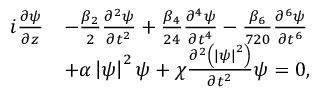
\begin{array} { r l } { i \frac { \partial \psi } { \partial z } } & { - \frac { \beta _ { 2 } } { 2 } \frac { \partial ^ { 2 } \psi } { \partial t ^ { 2 } } + \frac { \beta _ { 4 } } { 2 4 } \frac { \partial ^ { 4 } \psi } { \partial t ^ { 4 } } - \frac { \beta _ { 6 } } { 7 2 0 } \frac { \partial ^ { 6 } \psi } { \partial t ^ { 6 } } } \\ & { + \alpha \left| \psi \right| ^ { 2 } \psi + \chi \frac { \partial ^ { 2 } \left( \left| \psi \right| ^ { 2 } \right) } { \partial t ^ { 2 } } \psi = 0 , } \end{array}